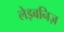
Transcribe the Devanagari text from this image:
लेइबनिज़